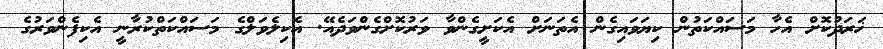
ޚަރަދުކޮށް އެހާ މަސައްކަތުން ކިޔަވައިގެން އެތަނަށް އެކަށީގެންވާ ވަރުކޮށްގެންވަދެއޭ. އެކިލެވަލްގެ މަސައްކަތްކުރާނީ އެކިފެންވަރުގެ